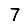
Digit: 7